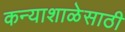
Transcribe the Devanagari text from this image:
कन्याशाळेसाठी